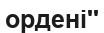
ордені''